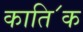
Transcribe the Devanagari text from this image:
काति॔क